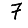
Digit: 7